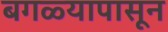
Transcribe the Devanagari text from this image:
बगळ्यापासून